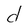
Character: d